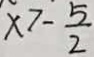
x > - \frac { 5 } { 2 }